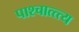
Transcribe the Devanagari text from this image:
पाश्चात्त्त्य